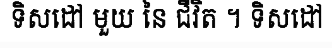
ទិសដៅ មួយ នៃ ជីវិត ។ ទិសដៅ